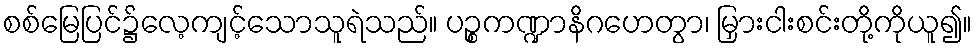
စစ်မြေပြင်၌လေ့ကျင့်သောသူရဲသည်။ ပဉ္စကဏ္ဍာနိဂဟေတွာ၊ မြှားငါးစင်းတို့ကိုယူ၍။